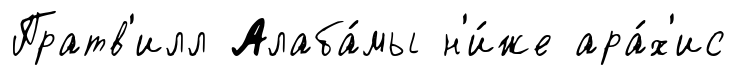
Пратв'илл Алаба́мы н'и́же ара́х'ис